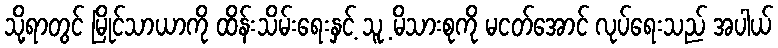
သို့ရာတွင် မြိုင်သာယာကို ထိန်းသိမ်းရေးနှင့် သူ့ မိသားစုကို မငတ်အောင် လုပ်ရေးသည် အပါယ်